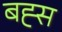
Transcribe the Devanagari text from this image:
बह्स